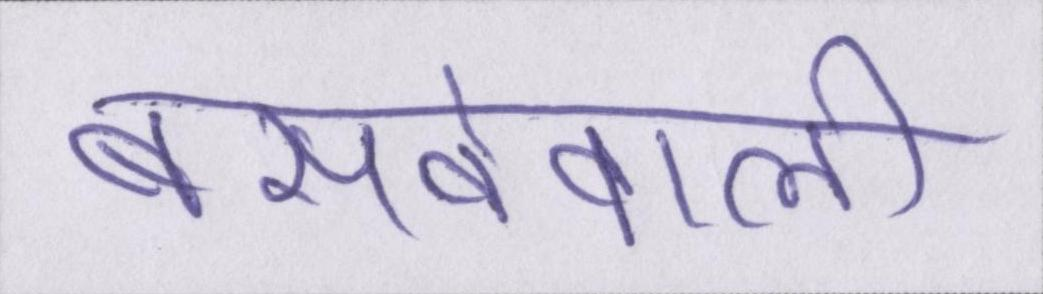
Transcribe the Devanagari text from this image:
बसनेवाली